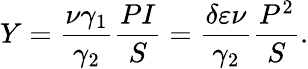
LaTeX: Y=\frac{\nu\gamma_{1}}{\gamma_{2}}\frac{PI}{S}=\frac{\delta\varepsilon\nu}{\gamma_{2}}\frac{P^{2}}{S}.